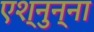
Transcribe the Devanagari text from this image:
एश्नुन्ना